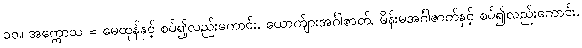
၁၀။ အက္ကောသ = မေထုန်နှင့် စပ်၍လည်းကောင်း, ယောက်ျားအင်္ဂါဇာတ်, မိန်းမအင်္ဂါဇာတ်နှင့် စပ်၍လည်းကောင်း,